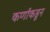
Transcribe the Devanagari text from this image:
कर्णाकडून